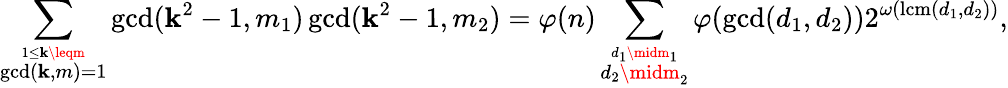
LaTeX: \sum_{\stackrel{1\leq\mathbf{k}\leqm}{\operatorname*{gcd}(\mathbf{k},m)=1}}\operatorname*{gcd}(\mathbf{k}^{2}-1,m_{1})\operatorname*{gcd}(\mathbf{k}^{2}-1,m_{2})=\varphi(n)\sum_{\stackrel{d_{1}\midm_{1}}{d_{2}\midm_{2}}}\varphi(\operatorname*{gcd}(d_{1},d_{2}))2^{\omega(\operatorname{lcm}(d_{1},d_{2}))},